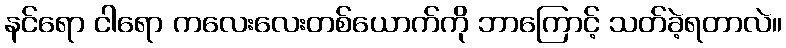
နင်ရော ငါရော ကလေးလေးတစ်ယောက်ကို ဘာကြောင့် သတ်ခဲ့ရတာလဲ။